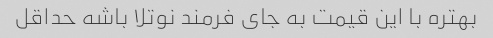
بهتره با این قیمت به جای فرمند نوتلا باشه حداقل